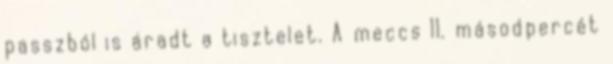
passzból is áradt a tisztelet. A meccs 11. másodpercét